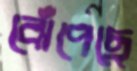
ঝেঁপেছে